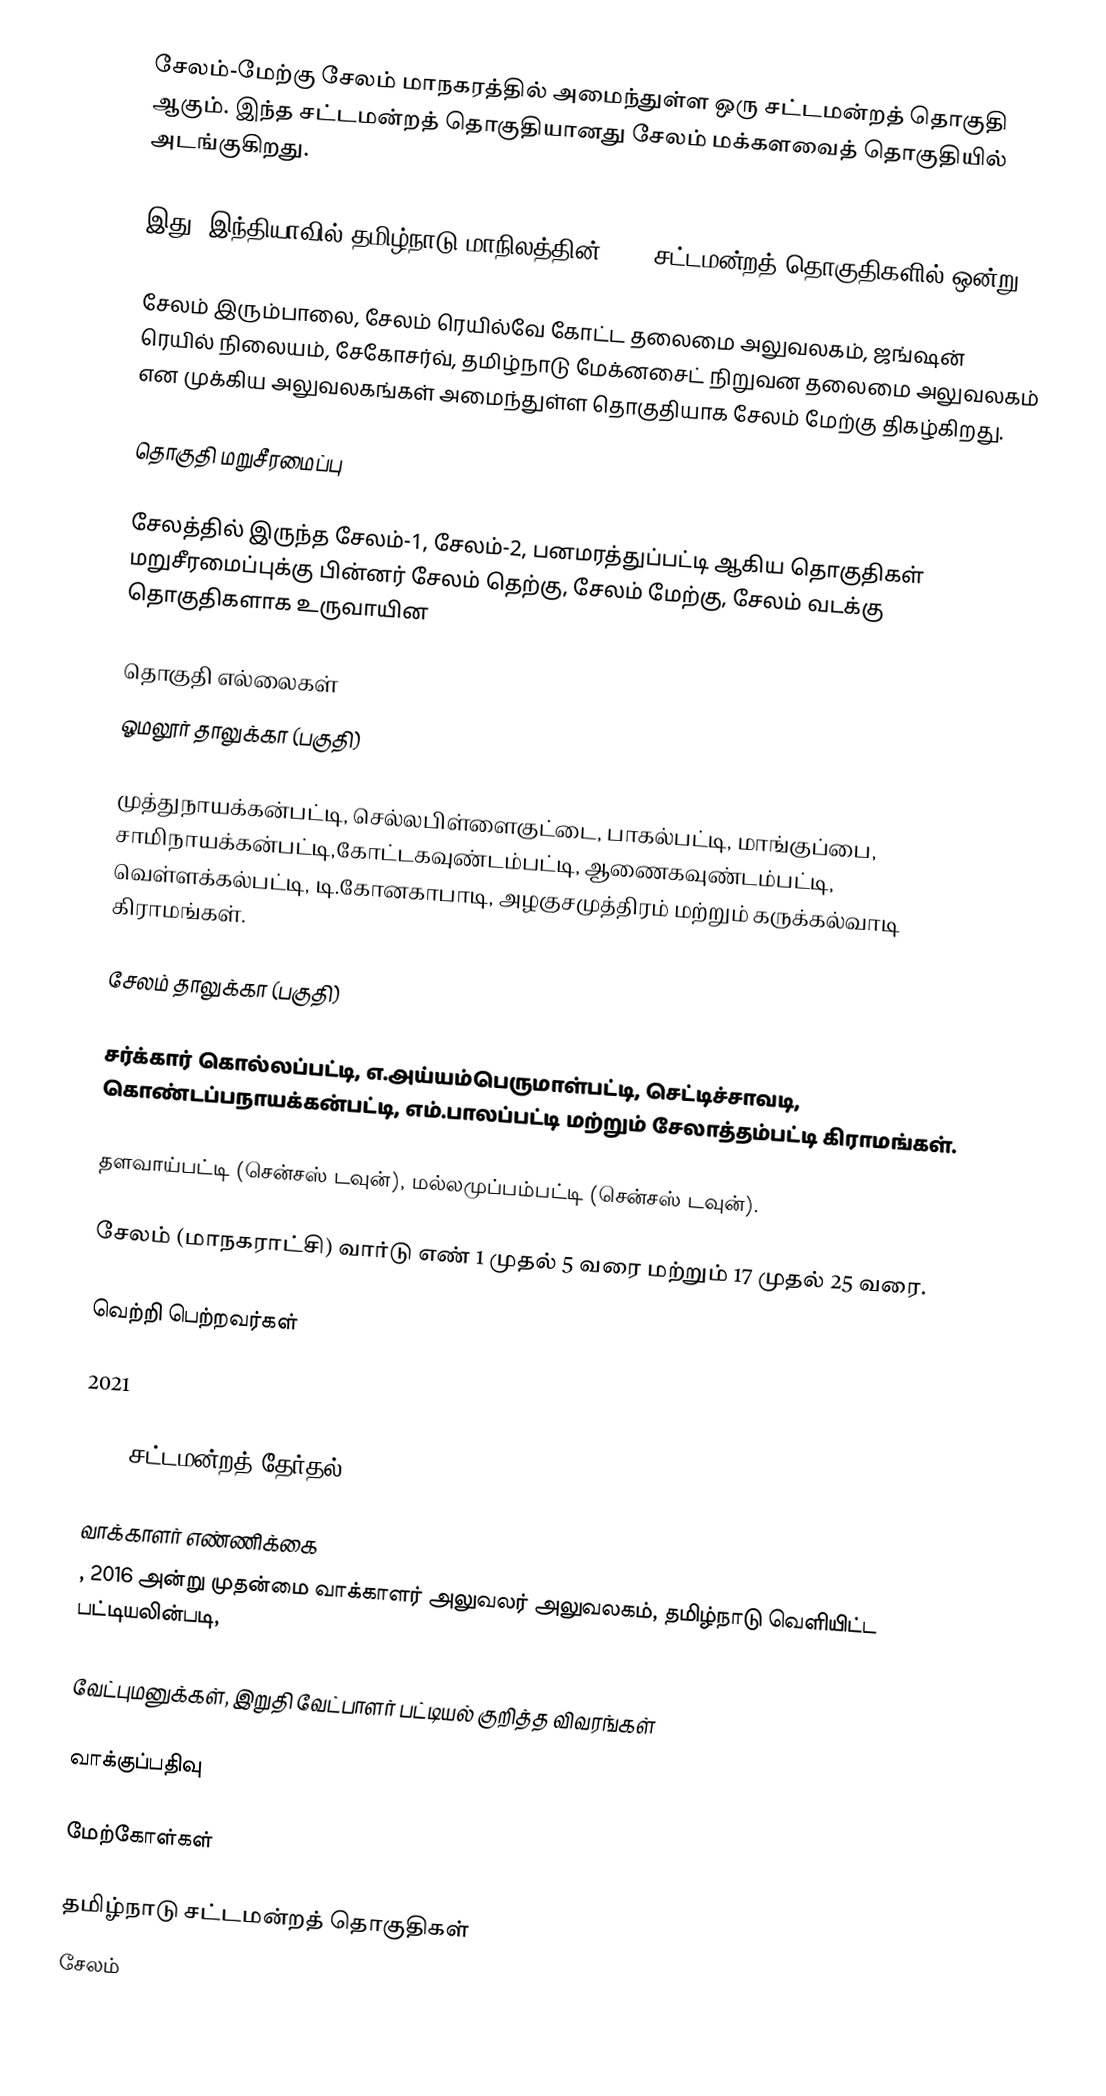
சேலம்-மேற்கு சேலம் மாநகரத்தில் அமைந்துள்ள ஒரு சட்டமன்றத் தொகுதி ஆகும். இந்த சட்டமன்றத் தொகுதியானது சேலம் மக்களவைத் தொகுதியில் அடங்குகிறது.

இது, இந்தியாவில் தமிழ்நாடு மாநிலத்தின், 234 சட்டமன்றத் தொகுதிகளில் ஒன்று.

சேலம் இரும்பாலை, சேலம் ரெயில்வே கோட்ட தலைமை அலுவலகம், ஜங்ஷன் ரெயில் நிலையம், சேகோசர்வ், தமிழ்நாடு மேக்னசைட் நிறுவன தலைமை அலுவலகம் என முக்கிய அலுவலகங்கள் அமைந்துள்ள தொகுதியாக சேலம் மேற்கு திகழ்கிறது.

தொகுதி மறுசீரமைப்பு

சேலத்தில் இருந்த சேலம்-1, சேலம்-2, பனமரத்துப்பட்டி ஆகிய தொகுதிகள் மறுசீரமைப்புக்கு பின்னர் சேலம் தெற்கு, சேலம் மேற்கு, சேலம் வடக்கு தொகுதிகளாக உருவாயின

தொகுதி எல்லைகள்
ஓமலூர் தாலுக்கா (பகுதி)

முத்துநாயக்கன்பட்டி, செல்லபிள்ளைகுட்டை, பாகல்பட்டி, மாங்குப்பை, சாமிநாயக்கன்பட்டி,கோட்டகவுண்டம்பட்டி, ஆணைகவுண்டம்பட்டி, வெள்ளக்கல்பட்டி, டி.கோனகாபாடி, அழகுசமுத்திரம் மற்றும் கருக்கல்வாடி கிராமங்கள்.

சேலம் தாலுக்கா (பகுதி)

சர்க்கார் கொல்லப்பட்டி, எ.அய்யம்பெருமாள்பட்டி, செட்டிச்சாவடி, கொண்டப்பநாயக்கன்பட்டி, எம்.பாலப்பட்டி மற்றும் சேலாத்தம்பட்டி கிராமங்கள்.

தளவாய்பட்டி (சென்சஸ் டவுன்), மல்லமுப்பம்பட்டி (சென்சஸ் டவுன்).

சேலம் (மாநகராட்சி) வார்டு எண் 1 முதல் 5 வரை மற்றும் 17 முதல் 25 வரை.

வெற்றி பெற்றவர்கள்

2021

2016 சட்டமன்றத் தேர்தல்

வாக்காளர் எண்ணிக்கை
, 2016 அன்று முதன்மை வாக்காளர் அலுவலர் அலுவலகம், தமிழ்நாடு வெளியிட்ட பட்டியலின்படி,

வேட்புமனுக்கள், இறுதி வேட்பாளர் பட்டியல் குறித்த விவரங்கள்

வாக்குப்பதிவு

மேற்கோள்கள்

தமிழ்நாடு சட்டமன்றத் தொகுதிகள்
சேலம்